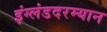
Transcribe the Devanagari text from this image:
इंग्लंडदरम्यान